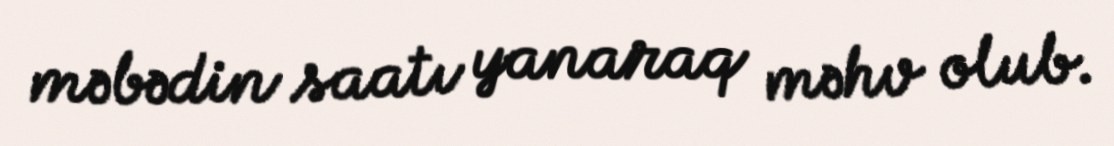
məbədin saatı yanaraq məhv olub.